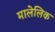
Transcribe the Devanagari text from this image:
मालेलिक